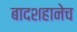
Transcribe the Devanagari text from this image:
बादशहानेच